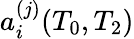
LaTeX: a_{i}^{(j)}(T_{0},T_{2})